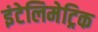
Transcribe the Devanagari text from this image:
इंटेलिमेट्रिक